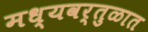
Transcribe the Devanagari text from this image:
मध्यवर्तुळात